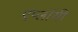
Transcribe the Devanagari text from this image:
एंप्लॉयी